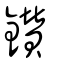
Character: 鑚